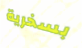
بسخرية